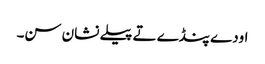
اودے پنڈے تے پیلے نشان سن۔